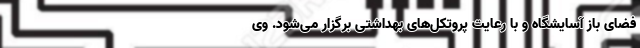
فضای باز آسایشگاه و با رعایت پروتکل‌های بهداشتی برگزار می‌شود. وی